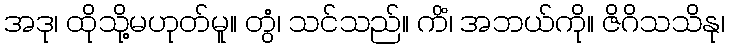
အဒု၊ ထိုသို့မဟုတ်မူ။ တွံ၊ သင်သည်။ ကိံ၊ အဘယ်ကို။ ဇိဂိသသိနု၊